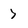
Character: 7